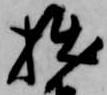
拙